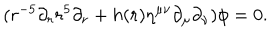
LaTeX: ( r ^ { - 5 } \partial _ { r } r ^ { 5 } \partial _ { r } + h ( r ) \eta ^ { \mu \nu } \partial _ { \mu } \partial _ { \nu } ) \phi = 0 .